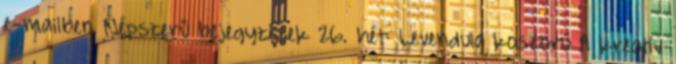
e-mailben Népszerű bejegyzések 26. hét: Levendula koszorú A kreatív